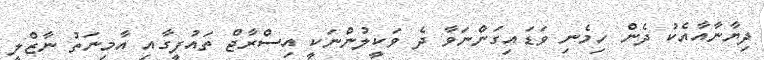
ދިޔާނާއާއެކު ދެން ހިމެނި ވަޑައިގަންނަވާ ދެ ވަކީލުންނަކީ އިސްރާޖް ތައުފީގާއި އާމިނަތު ނާޒްލީ